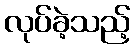
လုပ်ခဲ့သည့်